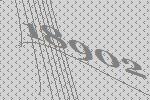
18902